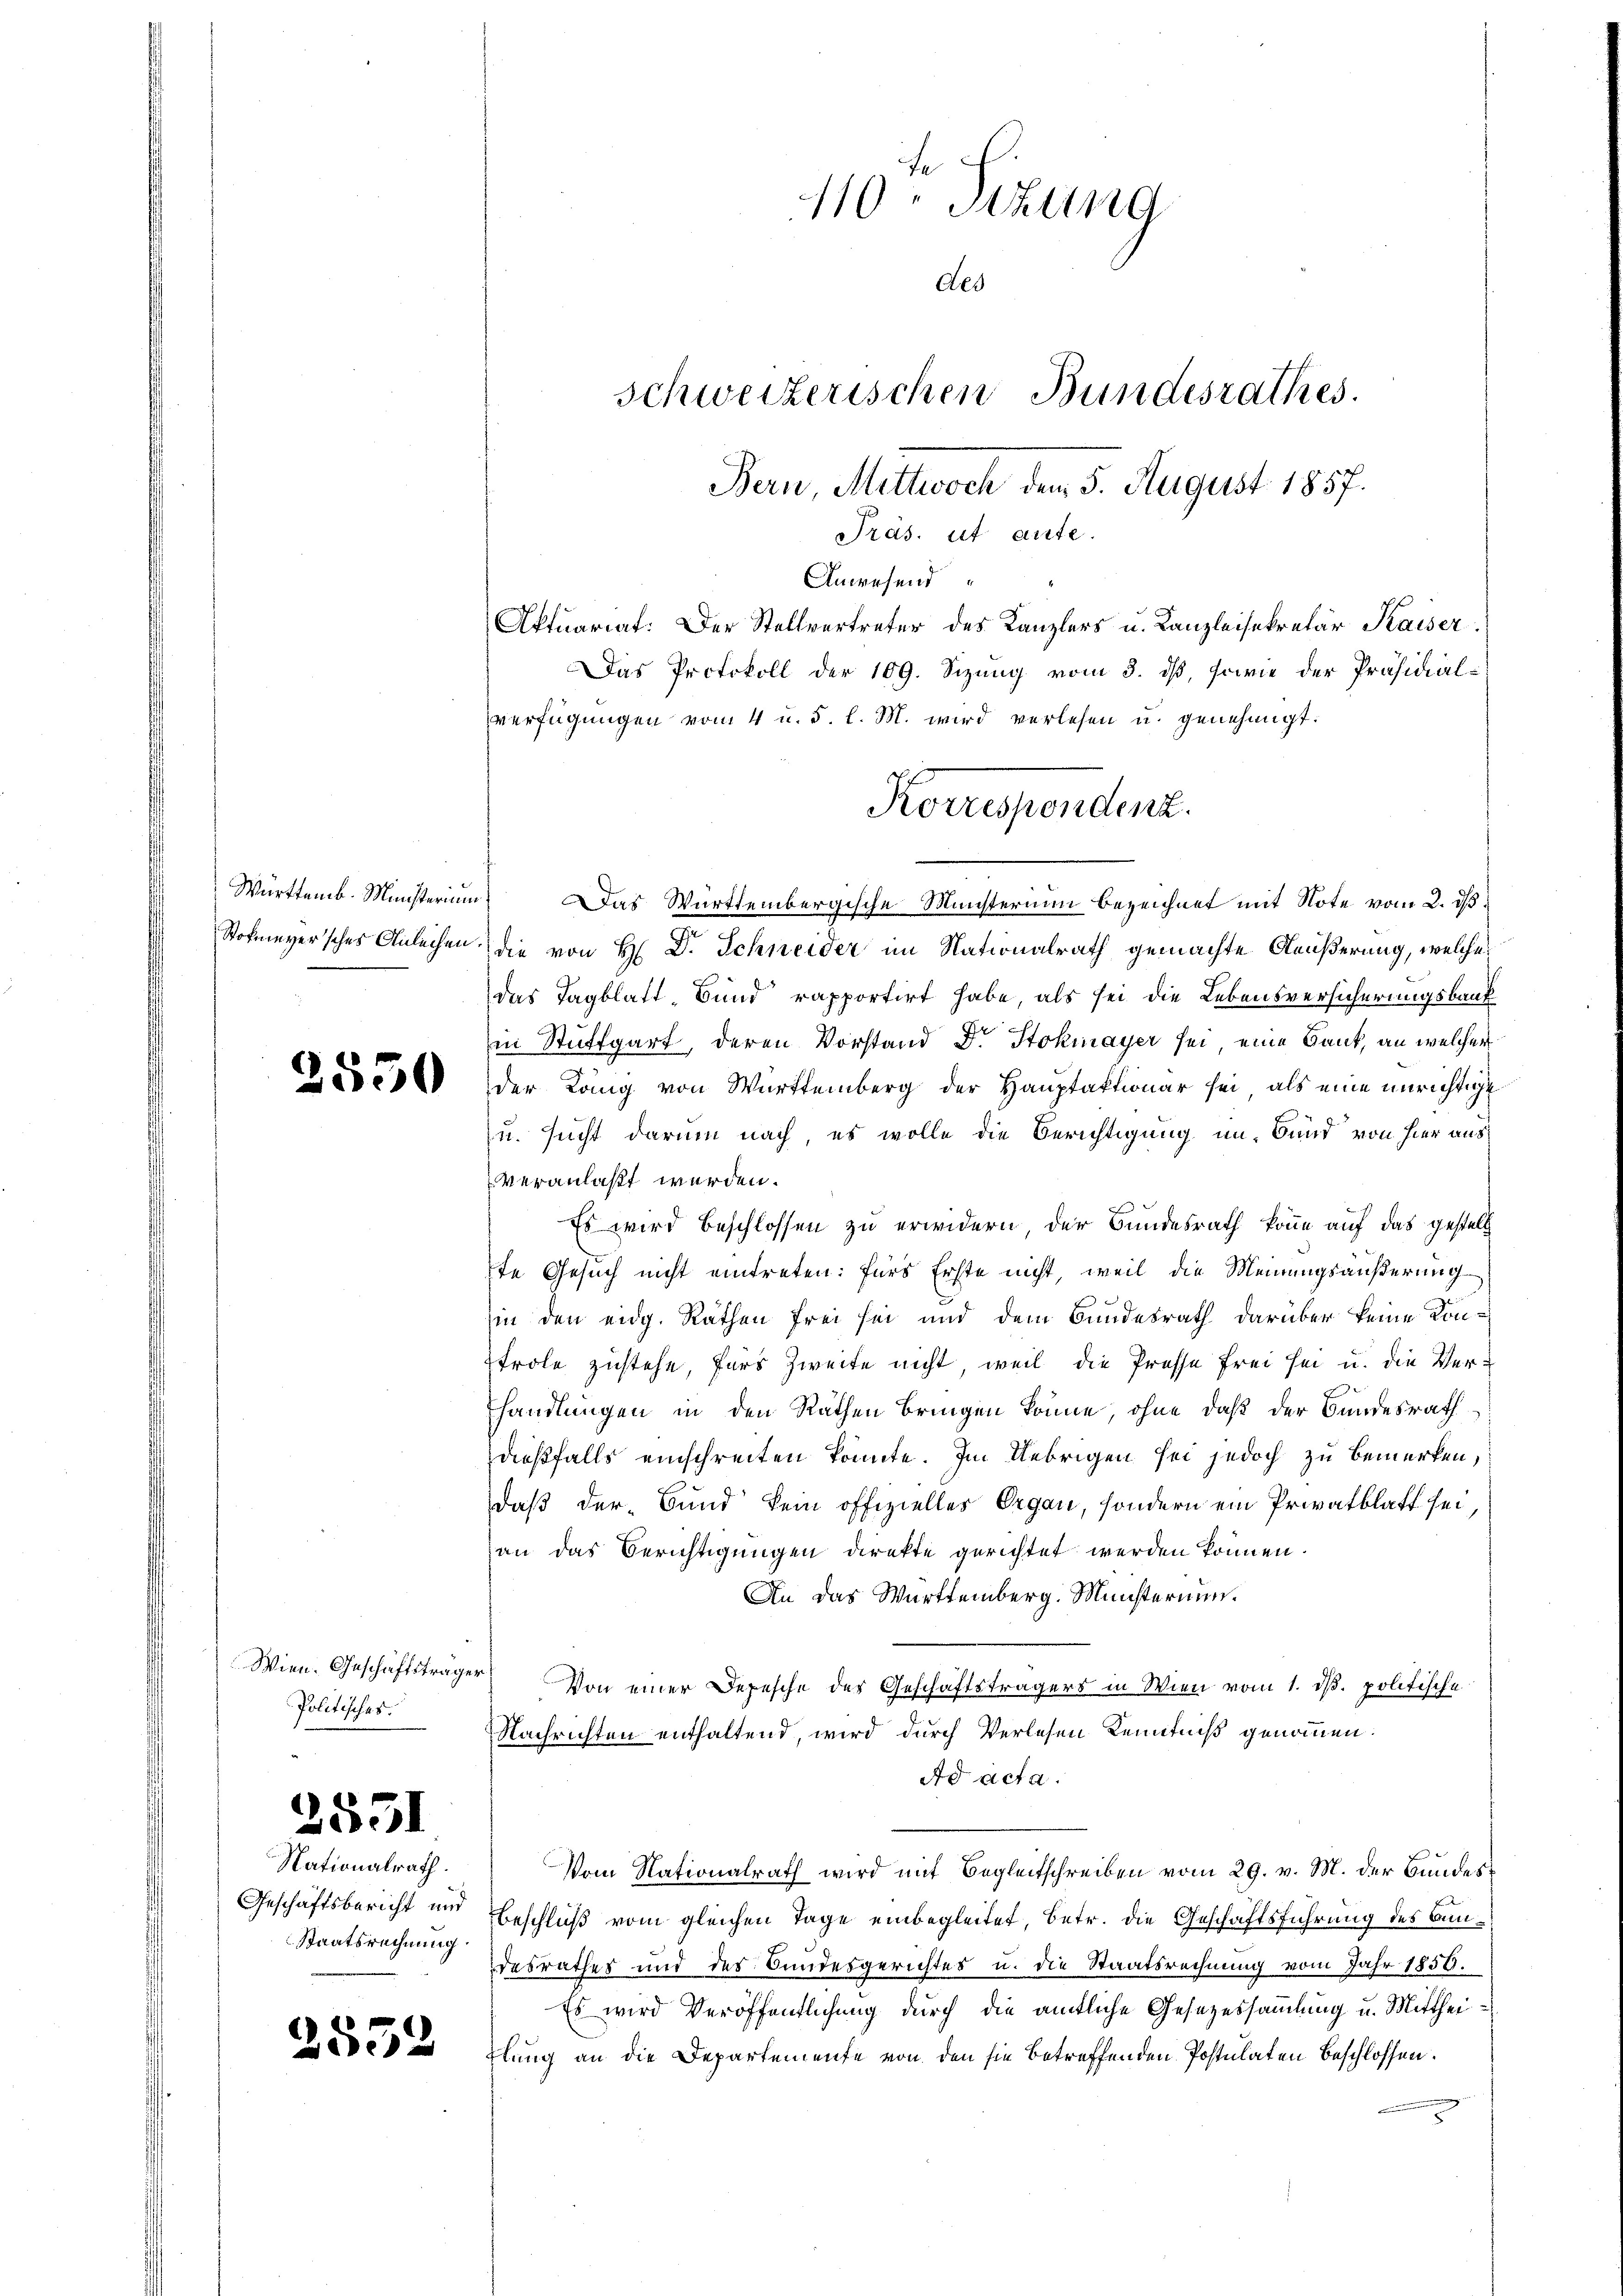
2550

Wien. Geschäftsträge
Politisches.

2551

Nationalrath.
Geschäftsbericht und
Staatsrechnung.

2552

Württemb. Ministerium. Das Württembergische Münsterium bezeichnet mit Note vom 2. ds
Stohmeyersches Anleihen die von H: Dr. Schneider im Nationalrath gemachte Aeußerung, welche
das Tagblatt. Bund rapportirt habe, als sei die Lebensversicherungsbauk
in Stuttgart, deren Vorstand Dr. Stokmayer sei, eine Bank, an welcher
der Lang von Württemberg der Hauptaktionar sei, als eine unrichtige
u. sucht darum nach, es wolle die Berichtigung im Bund von hier aus
veranlaßt werden.
Es wird beschlossen zu erwidern, der Bundesrath könne auf das gestell
te Gesuch nicht eintreten: Fürs Erste nicht, weil die Meinungsäußerung
in den eidg. Rathen frei sei und dem Bundesrath darüber keine Kontrole zustehe, fürs Zweite nicht weil die Presse frei sei u. die Verhandlungen in den Räthen bringen könne, ohne daß der Bundesrath
dießfalls einschreiten könnte. Im Uebrigen sei jedoch zu bemerken,
daß der Bund kein offizielles Organ, sondern ein Privatblatt sei,
an das Berichtigungen direkte gerichtet werden können.
An das Württemberg. Münsterium.
4. 12
Von einer Depesche des Geschäftsträgers in Wien vom 1. ds. politische
Nachrichten enthaltend, wird durch Verlesen Kenntniß genommen.
Ad acta.
Vom Nationalrath wird mit Begleitschreiben vom 29. v. M. der Bundes¬
Beschluß vom gleichen Tage einbegleitet, betr. die Geschäftsführung des Bundesrathes und des Bundesgerichtes u. die Staatsrechnung vom Jahr 1856.
Es wird Veröffentlichung durch die amtliche Gesezessammlung u. Mittheitlung an die Departemente von den sie betreffenden Postulaten beschlossen.

110ten Sizung
des
schweizerischen Bundesrathes.
Bern, Mittwoch dem 5. August 1857.
Präs. ut aute.
Anwesend
Aktuariat. Der Stellvertreter des Kanzlers u. Kanzleisekretär Kaiser.
Das Protokoll der 109. Sizung vom 3. ds, sowie der Präsidialverfügungen vom 4 u. 5. l. M. wird verlesen u. genehmigt.

Korrespendenz.